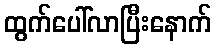
ထွက်ပေါ်လာပြီးနောက်